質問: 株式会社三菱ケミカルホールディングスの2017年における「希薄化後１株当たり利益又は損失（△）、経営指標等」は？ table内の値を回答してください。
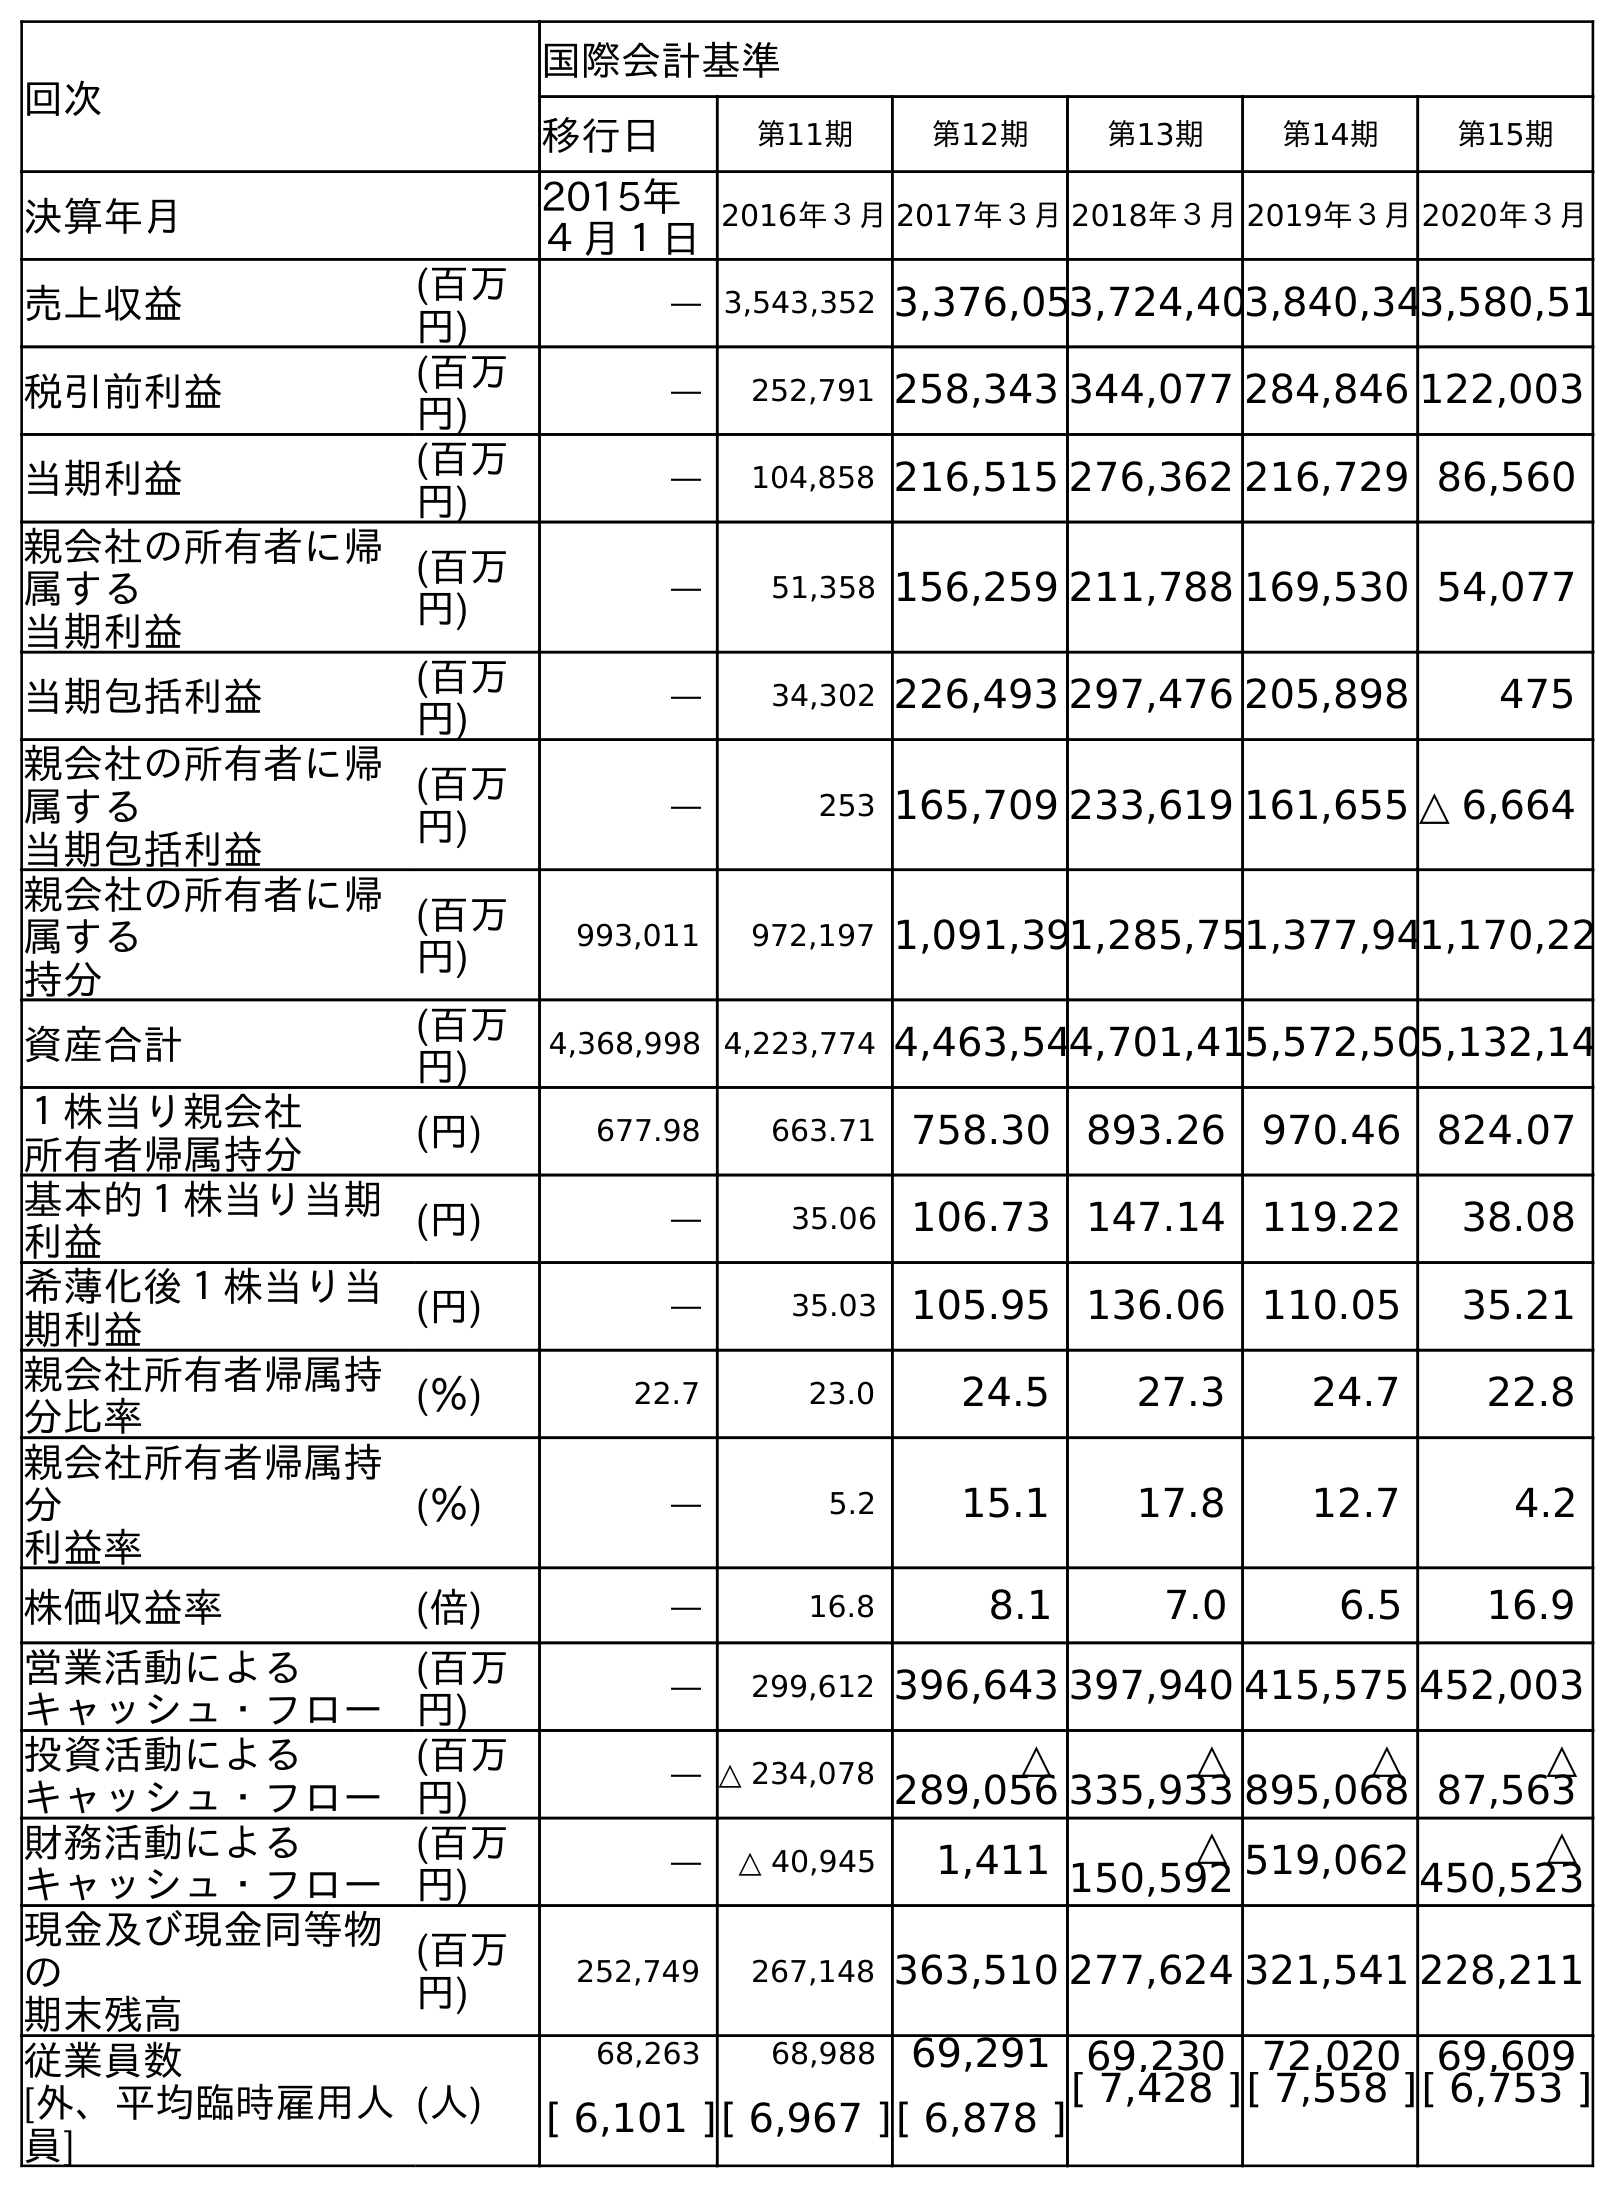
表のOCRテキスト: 回次 国際会計基準 移行日 第11期 第12期 第13期 第14期 第15期 決算年月 2015年 ４月１日 2016年３月2017年３月2018年３月2019年３月2020年３月 売上収益 (百万 円) ― 3,543,352 3,376,053,724,403,840,343,580,51 税引前利益 (百万 円) ― 252,791 258,343 344,077 284,846 122,003 当期利益 (百万 円) ― 104,858 216,515 276,362 216,729 86,560 親会社の所有者に帰 属する 当期利益 (百万 円) ― 51,358 156,259 211,788 169,530 54,077 当期包括利益 (百万 円) ― 34,302 226,493 297,476 205,898 475 親会社の所有者に帰 属する 当期包括利益 (百万 円) ― 253 165,709 233,619 161,655 △ 6,664 親会社の所有者に帰 属する 持分 (百万 円) 993,011 972,197 1,091,391,285,751,377,941,170,22 資産合計 (百万 円) 4,368,998 4,223,774 4,463,544,701,415,572,505,132,14 １株当り親会社 所有者帰属持分 (円) 677.98 663.71 758.30 893.26 970.46 824.07 基本的１株当り当期 利益 (円) ― 35.06 106.73 147.14 119.22 38.08 希薄化後１株当り当 期利益 (円) ― 35.03 105.95 136.06 110.05 35.21 親会社所有者帰属持 分比率 (％) 22.7 23.0 24.5 27.3 24.7 22.8 親会社所有者帰属持 分 利益率 (％) ― 5.2 15.1 17.8 12.7 4.2 株価収益率 (倍) ― 16.8 8.1 7.0 6.5 16.9 営業活動による キャッシュ・フロー (百万 円) ― 299,612 396,643 397,940 415,575 452,003 投資活動による キャッシュ・フロー (百万 円) ― △ 234,078 △ 289,056 △ 335,933 △ 895,068 △ 87,563 財務活動による キャッシュ・フロー (百万 円) ― △ 40,945 1,411 △ 150,592 519,062 △ 450,523 現金及び現金同等物 の 期末残高 (百万 円) 252,749 267,148 363,510 277,624 321,541 228,211 従業員数 [外、平均臨時雇用人 員] (人) 68,263 68,988 69,291 69,230 72,020 69,609 [ 6,101 ][ 6,967 ][ 6,878 ][ 7,428 ][ 7,558 ][ 6,753 ]
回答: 105.95